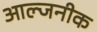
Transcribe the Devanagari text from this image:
आल्जनीक